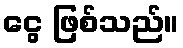
ငွေ ဖြစ်သည်။